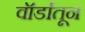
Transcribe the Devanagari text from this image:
वॉर्डातून